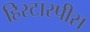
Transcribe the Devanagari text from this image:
हिस्टास्पीस